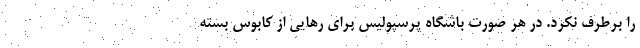
را برطرف نکرد. در هر صورت باشگاه پرسپولیس برای رهایی از کابوس بسته